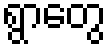
ရွာတွေ